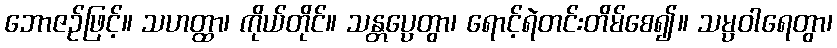
ဘောဇဉ်ဖြင့်။ သဟတ္ထာ၊ ကိုယ်တိုင်။ သန္တပ္ပေတွာ၊ ရောင့်ရဲတင်းတိမ်စေ၍။ သမ္ပဝါရေတွာ၊